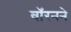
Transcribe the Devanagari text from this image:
वॉरनने